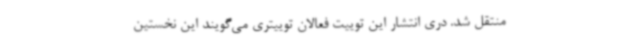
منتقل شد. دری انتشار این توییت فعالان توییتری می‌گویند این نخستین